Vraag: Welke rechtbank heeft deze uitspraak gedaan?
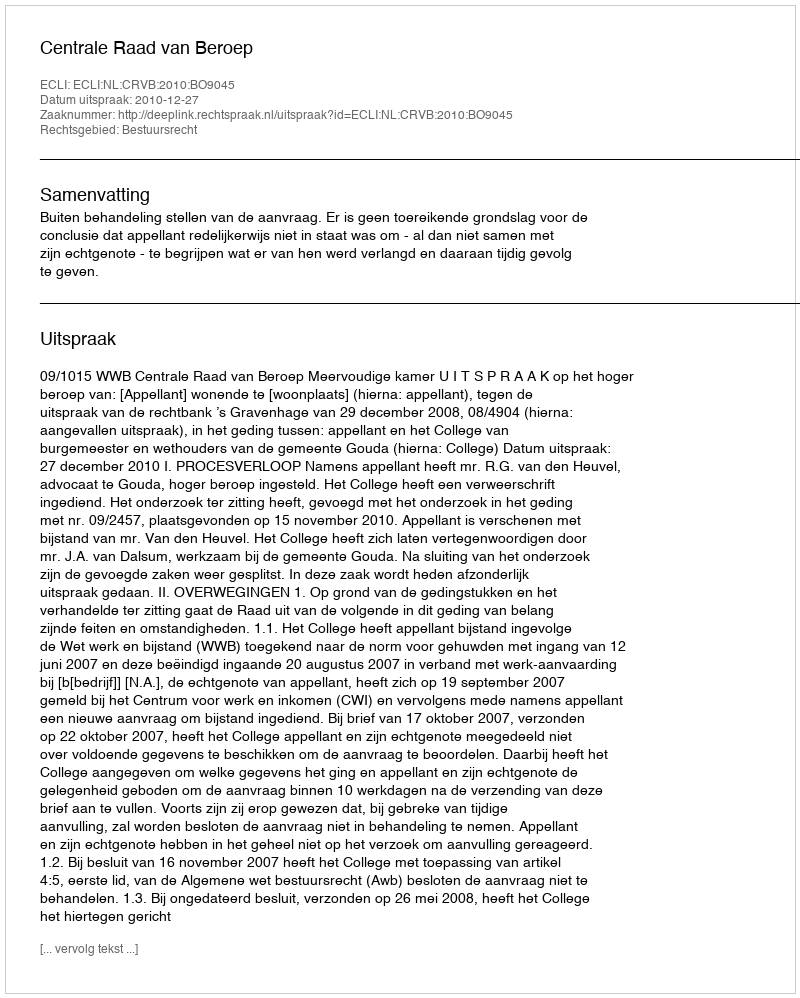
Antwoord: Centrale Raad van Beroep